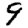
Digit: 9